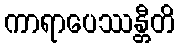
ကာရာပေဿန္တီတိ